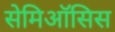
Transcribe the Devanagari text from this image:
सेमिऑसिस